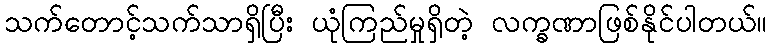
သက်တောင့်သက်သာရှိပြီး ယုံကြည်မှုရှိတဲ့ လက္ခဏာဖြစ်နိုင်ပါတယ်။